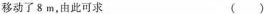
移动了 8 m，由此可求 ()